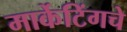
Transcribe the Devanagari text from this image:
मार्केटिंगचे